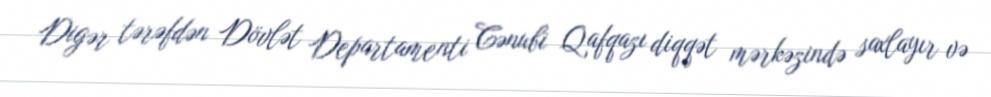
Digər tərəfdən Dövlət Departamenti Cənubi Qafqazı diqqət mərkəzində saxlayır və